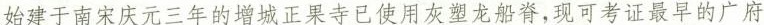
始建于南宋庆元三年的增城正果寺已使用灰塑龙船脊，先可考证最早的广府